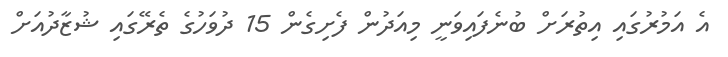
އެ އަމުރުގައި އިތުރަށް ބުނެފައިވަނީ މިއަދުން ފެށިގެން 15 ދުވަހުގެ ތެރޭގައި ޝުޒާދުއަށް